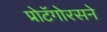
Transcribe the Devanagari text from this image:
प्रोटॅगोरसने